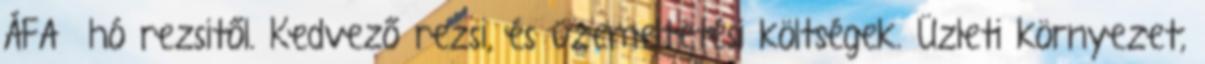
ÁFA hó rezsitől. Kedvező rezsi, és üzemeltetési költségek. Üzleti környezet,